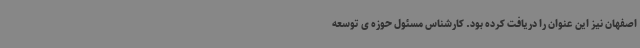
اصفهان نیز این عنوان را دریافت کرده بود. کارشناس مسئول حوزه ی توسعه